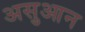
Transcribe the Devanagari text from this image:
असुआन